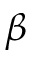
\beta